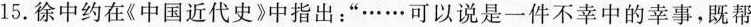
15.徐中约在《中国近代史》中指出：”……可以说是一件不幸中的幸事，既帮